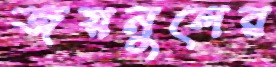
জয়নুলের